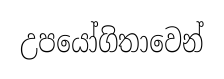
උපයෝගිතාවෙන්